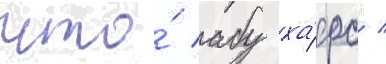
что́ абу ха́фс /